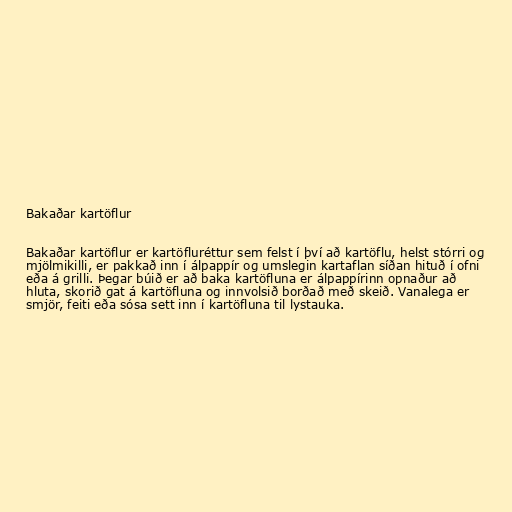
Bakaðar kartöflur

Bakaðar kartöflur er kartöfluréttur sem felst í því að kartöflu, helst stórri og
mjölmikilli, er pakkað inn í álpappír og umslegin kartaflan síðan hituð í ofni
eða á grilli. Þegar búið er að baka kartöfluna er álpappírinn opnaður að
hluta, skorið gat á kartöfluna og innvolsið borðað með skeið. Vanalega er
smjör, feiti eða sósa sett inn í kartöfluna til lystauka.